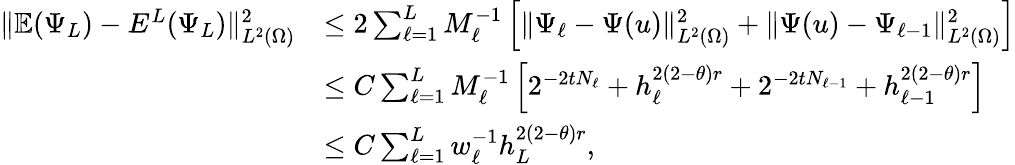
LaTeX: \begin{array}{rl}{\| \mathbb{E}(\Psi_{L})-E^{L}(\Psi_{L})\| _{L^{2}(\Omega)}^{2}}&{\le 2\sum_{\ell=1}^{L}M_{\ell}^{-1}\left[\| \Psi_{\ell}-\Psi(u)\| _{L^{2}(\Omega)}^{2}+\| \Psi(u)-\Psi_{\ell-1}\| _{L^{2}(\Omega)}^{2}\right]}\\ &{\le C\sum_{\ell=1}^{L}M_{\ell}^{-1}\left[2^{-2tN_{\ell}}+h_{\ell}^{2(2-\theta)r}+2^{-2tN_{\ell-1}}+h_{\ell-1}^{2(2-\theta)r}\right]}\\ &{\le C\sum_{\ell=1}^{L}w_{\ell}^{-1}h_{L}^{2(2-\theta)r},}\end{array}